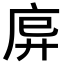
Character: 𫷩